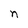
Character: n